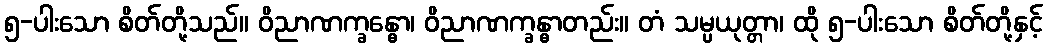
၅-ပါးသော စိတ်တို့သည်။ ဝိညာဏက္ခန္ဓော၊ ဝိညာဏက္ခန္ဓာတည်း။ တံ သမ္ပယုတ္တာ၊ ထို ၅-ပါးသော စိတ်တို့နှင့်